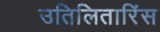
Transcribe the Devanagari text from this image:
उतिलितारिंस